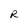
Character: R